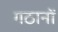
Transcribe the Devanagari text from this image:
गठानों